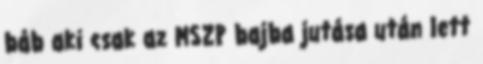
báb aki csak az MSZP bajba jutása után lett